Scientific memoirs by medical officers of the Army of India - Part IV,
Year: 1889
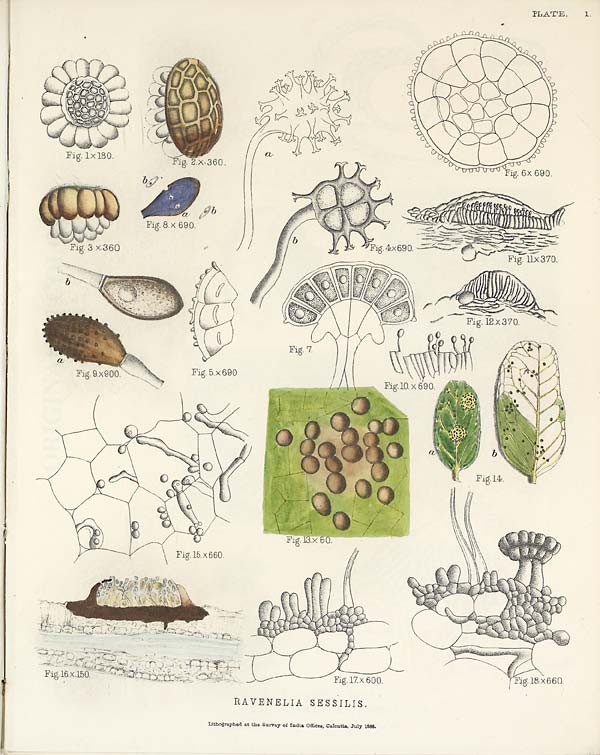
PLATE
I.
RAVENELIA SESSILIS.
Lithographed at the Survey of India Offices, Calcutta, July 1888.